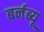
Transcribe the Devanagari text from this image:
बर्नब्यू